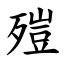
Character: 㱯